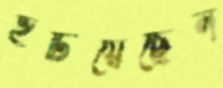
হটিয়েছেন